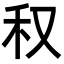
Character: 𥝐